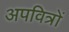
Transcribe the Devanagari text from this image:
अपवित्रों